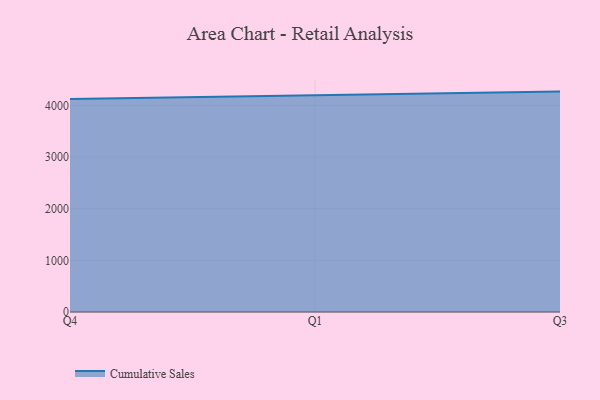
{"axis": {"x": "Quarter", "y": "Bounce Rate (%)"}, "legend": ["Cumulative Sales"], "data": [{"x": "Q4", "y": 4123.2, "type": "Cumulative Sales"}, {"x": "Q1", "y": 4189.8, "type": "Cumulative Sales"}, {"x": "Q3", "y": 4265.1, "type": "Cumulative Sales"}]}